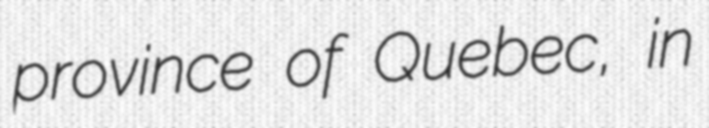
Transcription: province of Quebec, in